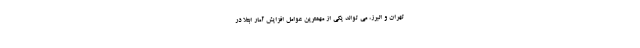
تهران و البرز، می تواند یکی از مهمترین عوامل افزایش آمار ابتلا در